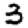
Digit: 3